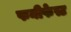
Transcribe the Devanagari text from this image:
फनीफेस्ट